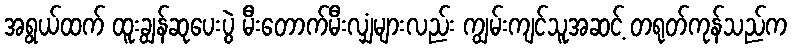
အရွယ်ထက် ထူးချွန်ဆုပေးပွဲ မီးတောက်မီးလျှံများလည်း ကျွမ်းကျင်သူအဆင့် တရုတ်ကုန်သည်က